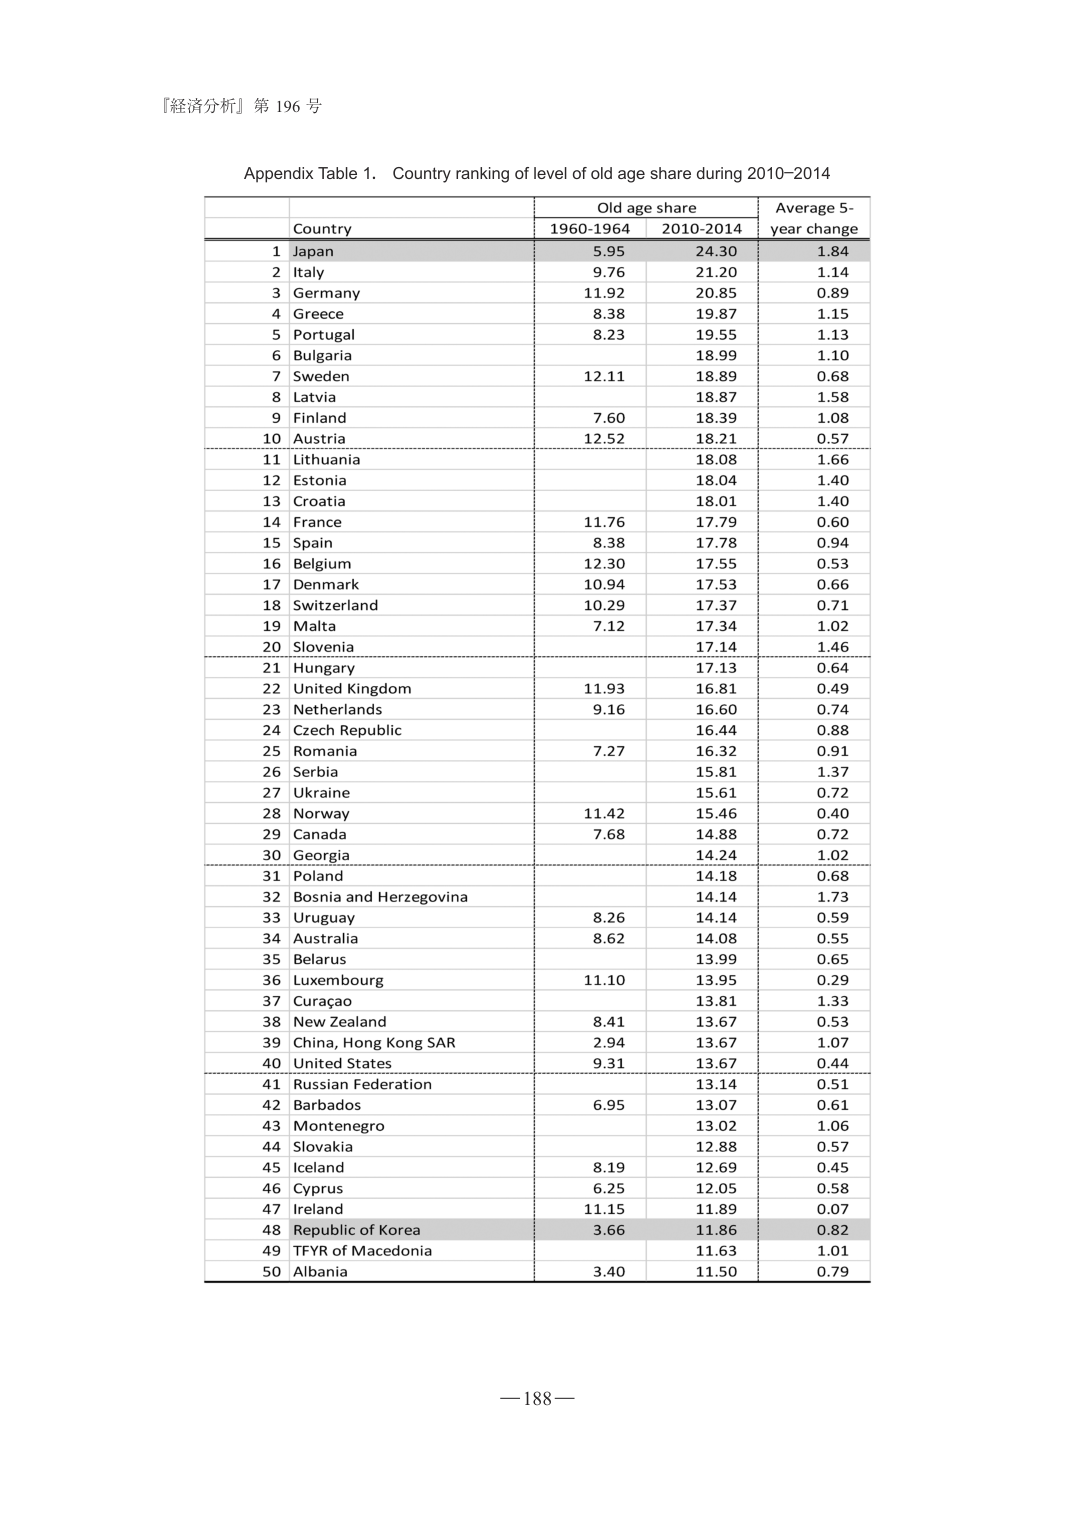
『経済分析』第 196 号

Appendix Table 1. Country ranking of level of old age share during 2010–2014

| | Country | Old age share | Average 5-year change |
|---|---|---|---|
| | | 1960-1964 | 2010-2014 | |
| 1 | Japan | 5.95 | 24.30 | 1.84 |
| 2 | Italy | 9.76 | 21.20 | 1.14 |
| 3 | Germany | 11.92 | 20.85 | 0.89 |
| 4 | Greece | 8.38 | 19.87 | 1.15 |
| 5 | Portugal | 8.23 | 19.55 | 1.13 |
| 6 | Bulgaria | | 18.99 | 1.10 |
| 7 | Sweden | 12.11 | 18.89 | 0.68 |
| 8 | Latvia | | 18.87 | 1.58 |
| 9 | Finland | 7.60 | 18.39 | 1.08 |
| 10 | Austria | 12.52 | 18.21 | 0.57 |
| 11 | Lithuania | | 18.08 | 1.66 |
| 12 | Estonia | | 18.04 | 1.40 |
| 13 | Croatia | | 18.01 | 1.40 |
| 14 | France | 11.76 | 17.79 | 0.60 |
| 15 | Spain | 8.38 | 17.78 | 0.94 |
| 16 | Belgium | 12.30 | 17.55 | 0.53 |
| 17 | Denmark | 10.94 | 17.53 | 0.66 |
| 18 | Switzerland | 10.29 | 17.37 | 0.71 |
| 19 | Malta | 7.12 | 17.34 | 1.02 |
| 20 | Slovenia | | 17.14 | 1.46 |
| 21 | Hungary | | 17.13 | 0.64 |
| 22 | United Kingdom | 11.93 | 16.81 | 0.49 |
| 23 | Netherlands | 9.16 | 16.60 | 0.74 |
| 24 | Czech Republic | | 16.44 | 0.88 |
| 25 | Romania | 7.27 | 16.32 | 0.91 |
| 26 | Serbia | | 15.81 | 1.37 |
| 27 | Ukraine | | 15.61 | 0.72 |
| 28 | Norway | 11.42 | 15.46 | 0.40 |
| 29 | Canada | 7.68 | 14.88 | 0.72 |
| 30 | Georgia | | 14.24 | 1.02 |
| 31 | Poland | | 14.18 | 0.68 |
| 32 | Bosnia and Herzegovina | | 14.14 | 1.73 |
| 33 | Uruguay | 8.26 | 14.14 | 0.59 |
| 34 | Australia | 8.62 | 14.08 | 0.55 |
| 35 | Belarus | | 13.99 | 0.65 |
| 36 | Luxembourg | 11.10 | 13.95 | 0.29 |
| 37 | Curaçao | | 13.81 | 1.33 |
| 38 | New Zealand | 8.41 | 13.67 | 0.53 |
| 39 | China, Hong Kong SAR | 2.94 | 13.67 | 1.07 |
| 40 | United States | 9.31 | 13.67 | 0.44 |
| 41 | Russian Federation | | 13.14 | 0.51 |
| 42 | Barbados | 6.95 | 13.07 | 0.61 |
| 43 | Montenegro | | 13.02 | 1.06 |
| 44 | Slovakia | | 12.88 | 0.57 |
| 45 | Iceland | 8.19 | 12.69 | 0.45 |
| 46 | Cyprus | 6.25 | 12.05 | 0.58 |
| 47 | Ireland | 11.15 | 11.89 | 0.07 |
| 48 | Republic of Korea | 3.66 | 11.86 | 0.82 |
| 49 | TFYR of Macedonia | | 11.63 | 1.01 |
| 50 | Albania | 3.40 | 11.50 | 0.79 |

—188—